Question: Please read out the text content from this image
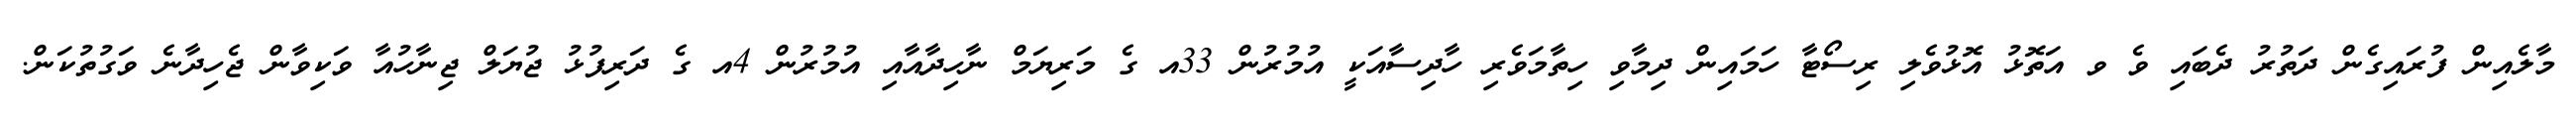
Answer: މާލެއިން ފުރައިގެން ދަތުރު ދެބައި ވެ ވ އަތޮޅު އޮޅުވެލި ރިސޯޓާ ހަމައިން ދިމާވި ހިތާމަވެރި ހާދިސާއަކީ އުމުރުން 33އ ގެ މަރިޔަމް ނާހިދާއާއި އުމުރުން 4އ ގެ ދަރިފުޅު ޖުޔަލް ޖިނާހުއާ ވަކިވާން ޖެހިދާނެ ވަގުތުކަން.